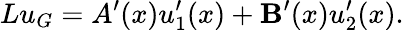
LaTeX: Lu_{G}=A^{\prime}(x)u_{1}^{\prime}(x)+\mathbf{B}^{\prime}(x)u_{2}^{\prime}(x).